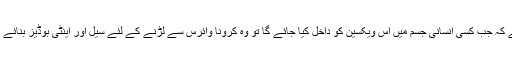
بتایا گیا ہے ویکسین سے علاج اس طرح ممکن ہے کہ جب کسی انسانی جسم میں اس ویکسین کو داخل کیا جائے گا تو وہ کرونا وائرس سے لڑنے کے لئے سیل اور اینٹی بوڈیز بنائے گا جس سے وہ کرونا وائرس کا خاتمہ کر دے گی۔